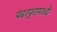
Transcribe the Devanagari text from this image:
पंढरपुरामध्ये